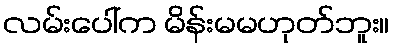
လမ်းပေါ်က မိန်းမမဟုတ်ဘူး။